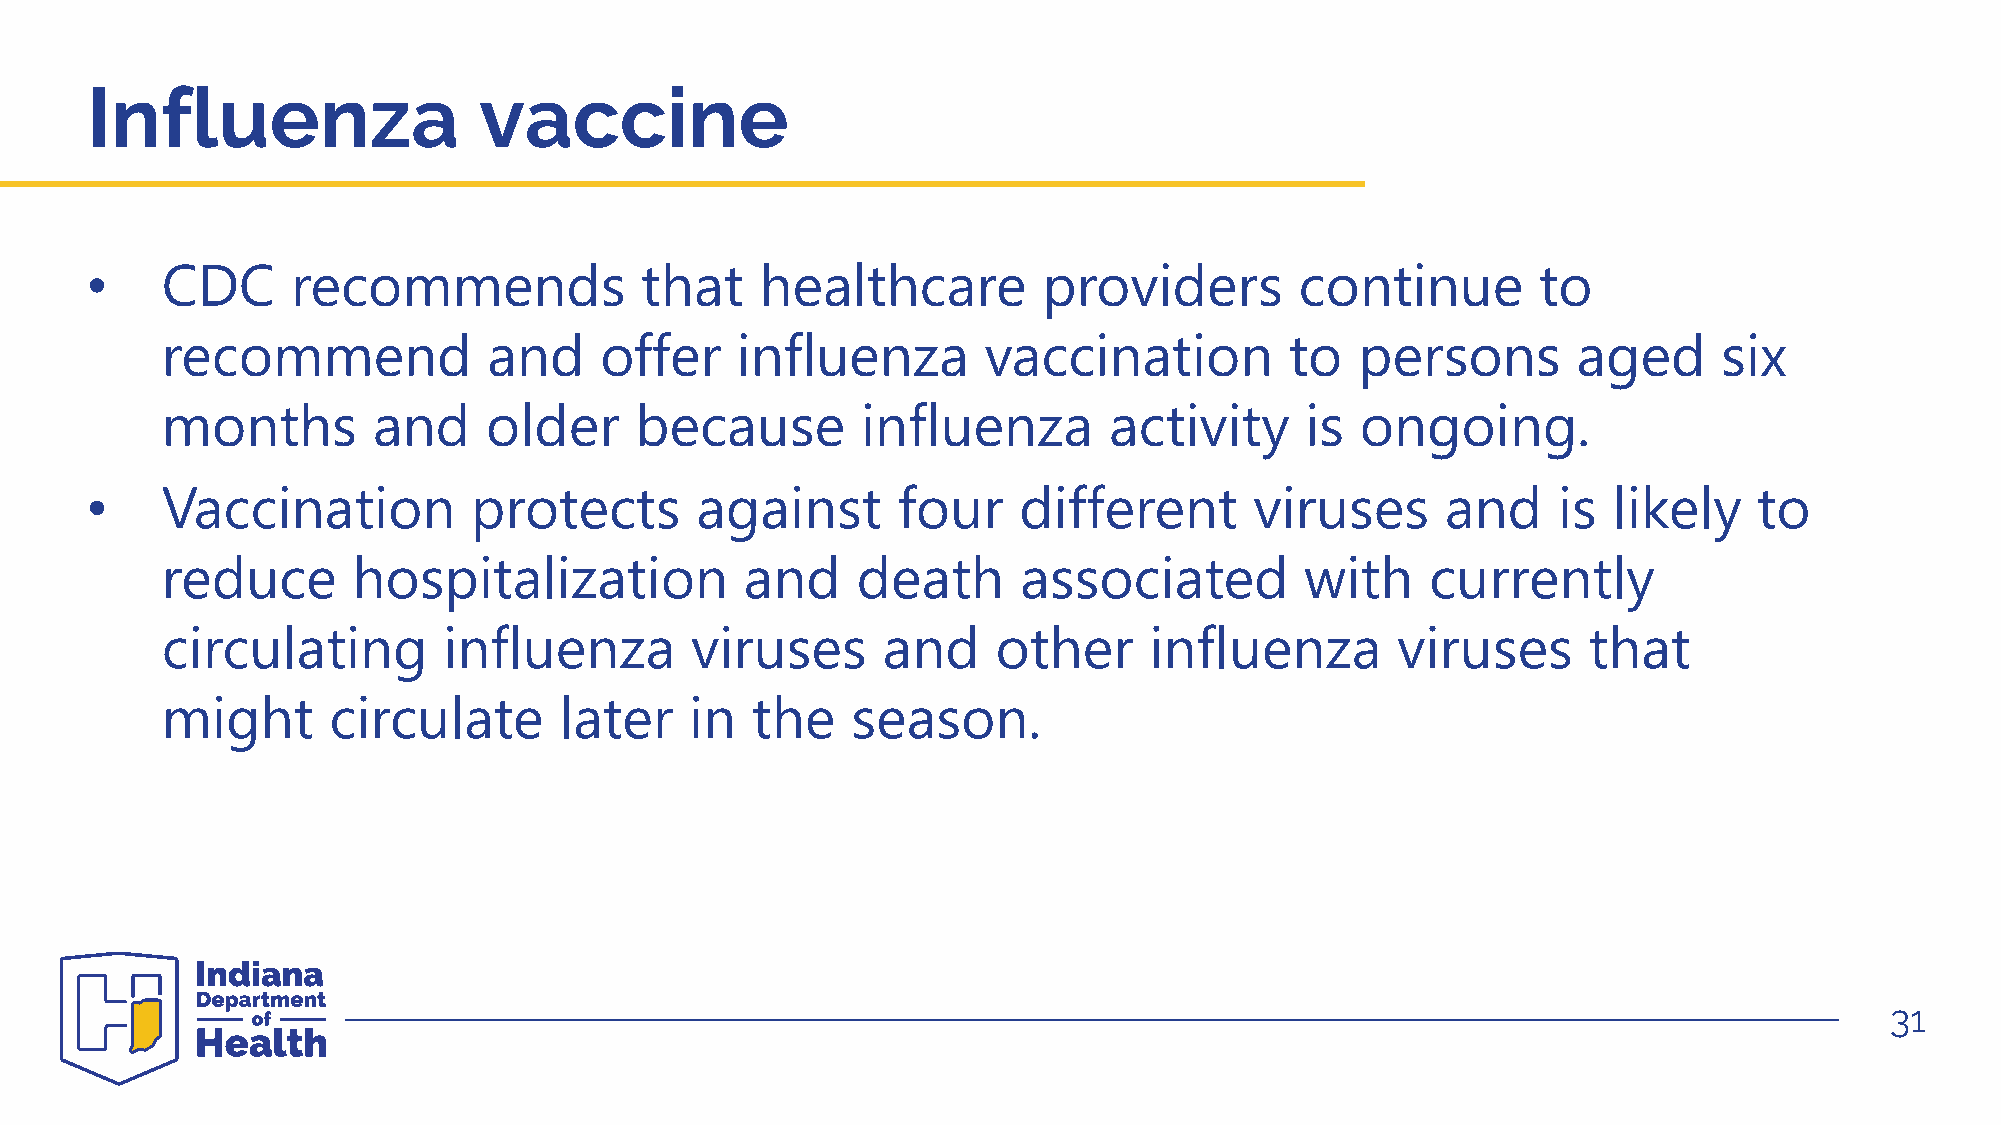
Influenza                 vaccine
 •    CDC     recommends             that    healthcare         providers        continue        to
 recommend            and     offer    influenza       vaccination         to   persons       aged      six
 months        and    older     because        influenza       activity     is  ongoing.
 •    Vaccination         protects       against      four    different       viruses      and    is  likely   to
 reduce      hospitalization           and     death      associated        with     currently
 circulating       influenza        viruses     and     other     influenza       viruses      that
 might      circulate      later    in  the   season.
 31